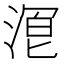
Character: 𬈒